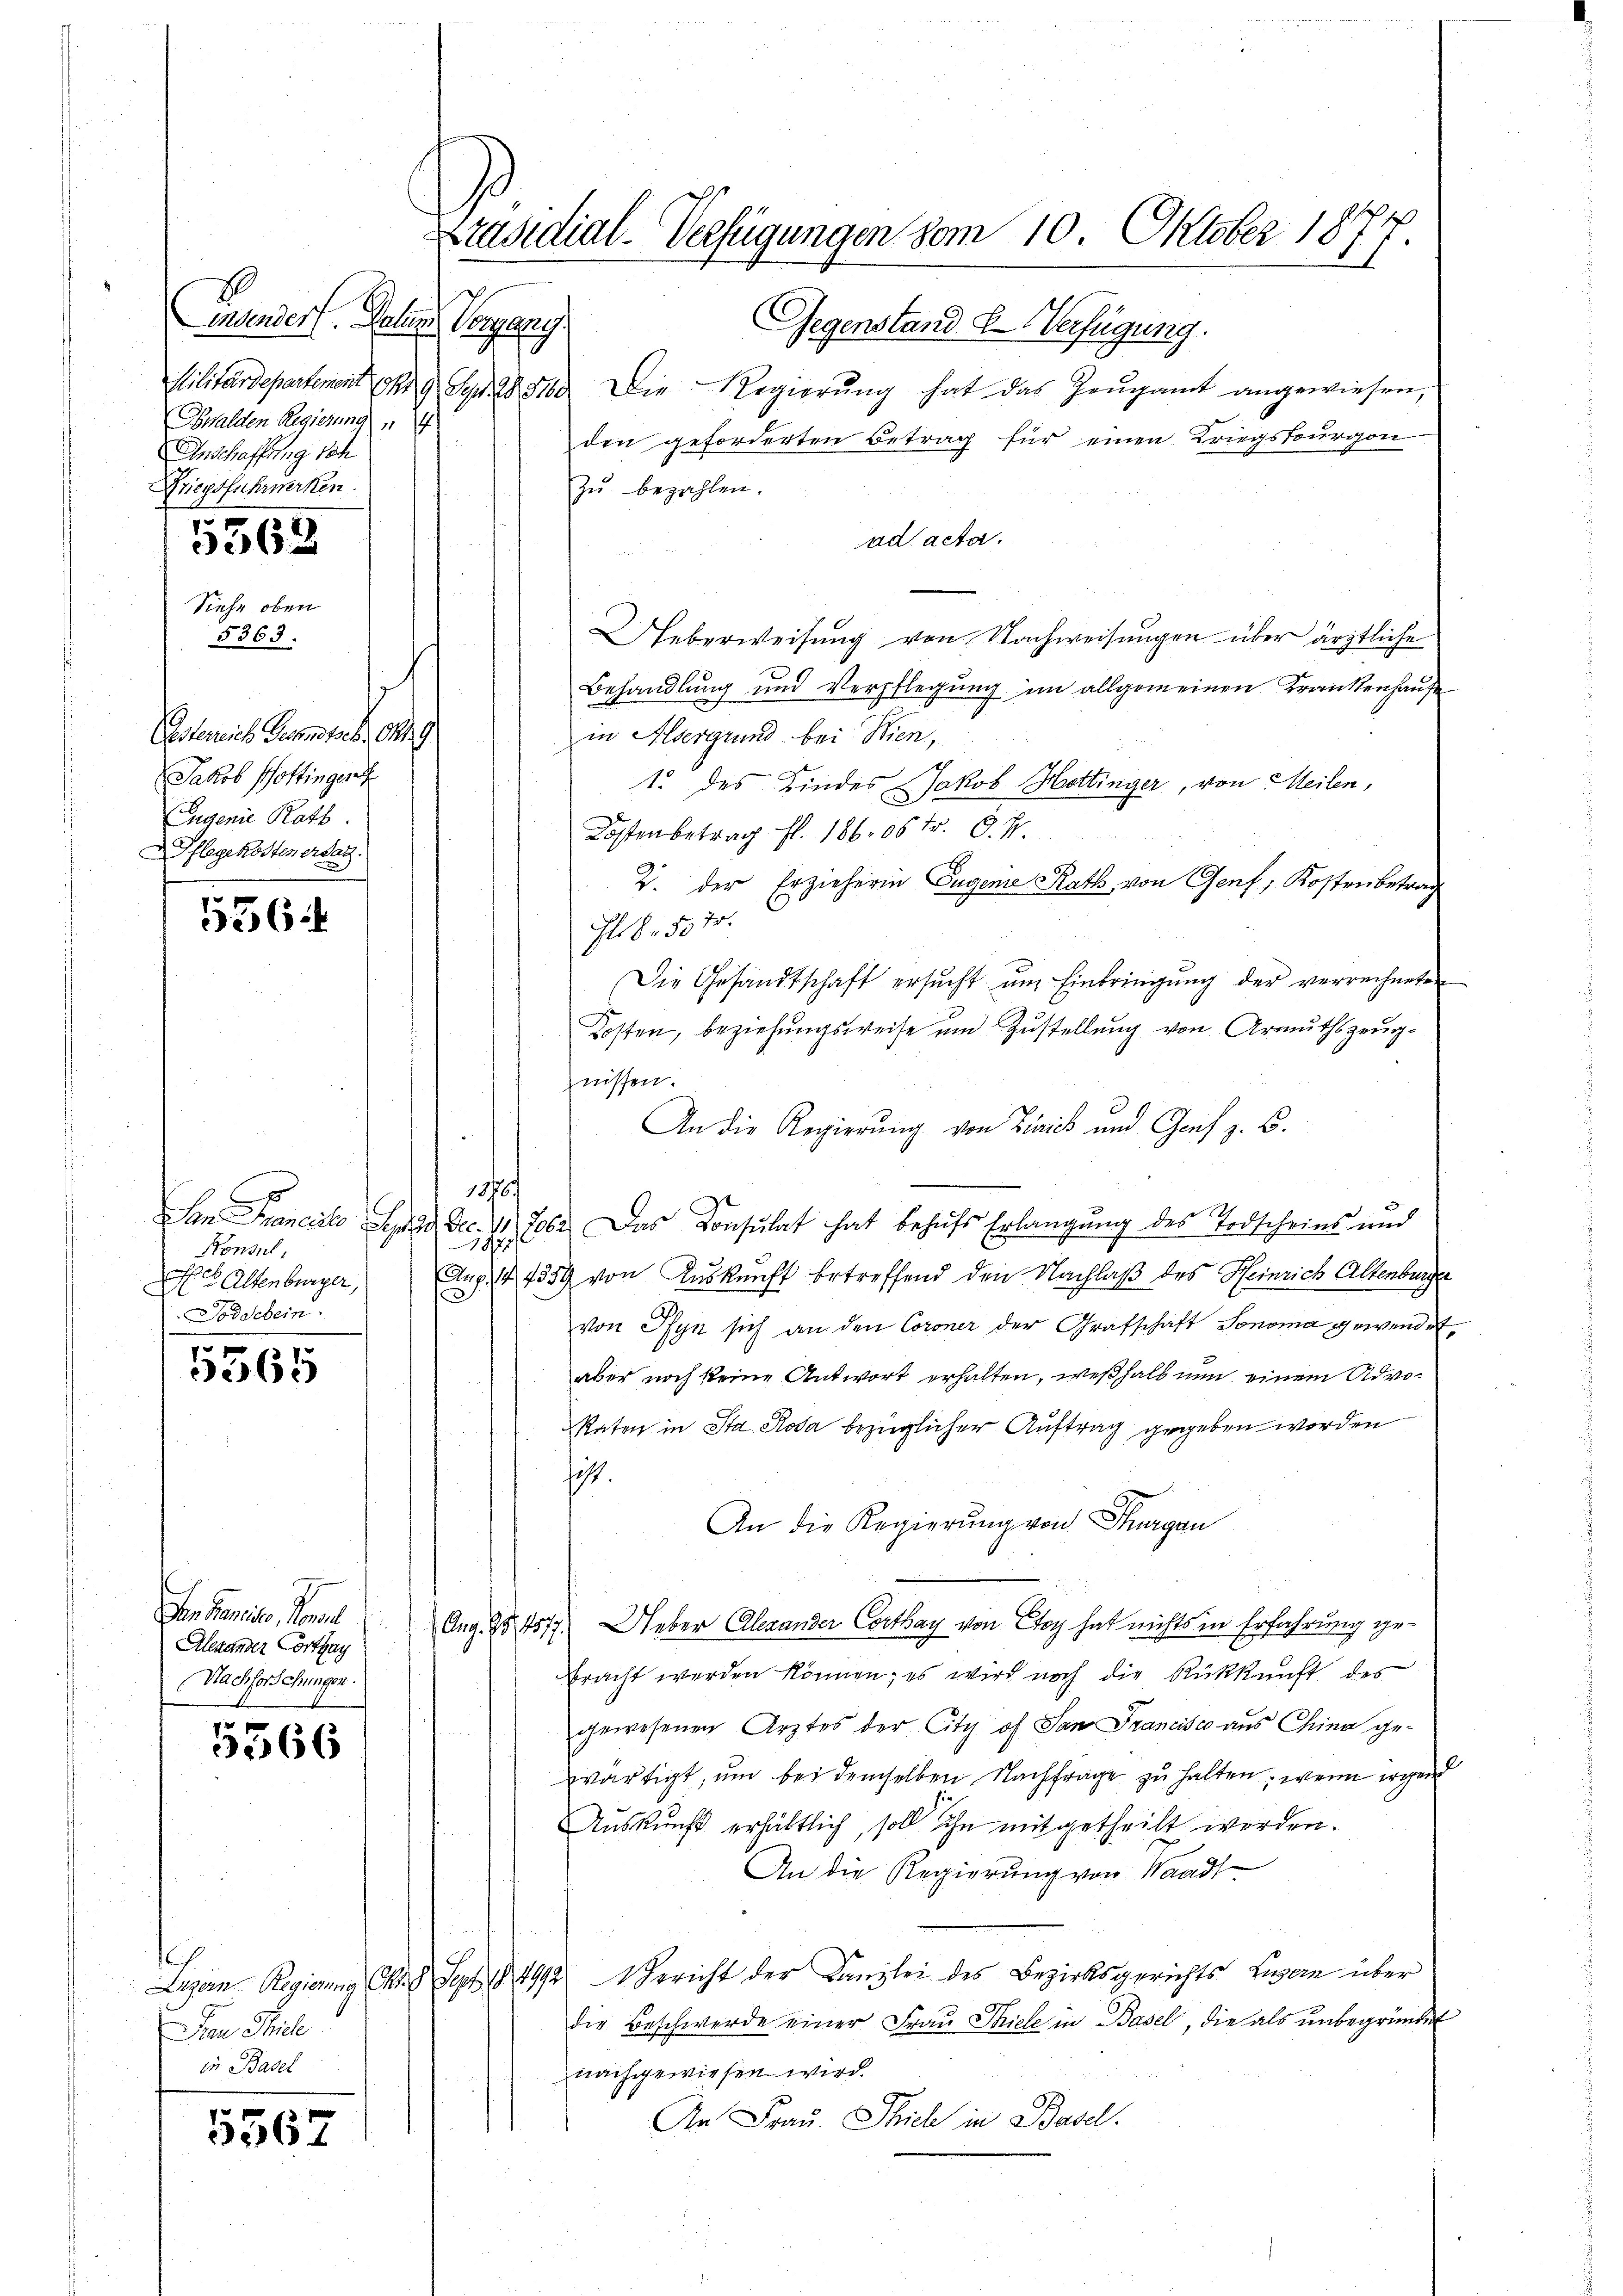
insender. Palu
Kegelung
Ewalden Regierung
Anschaffung sch
Driegsfuhrwerken.

5563

5363.
Casterreich Genanstab. 09
Jakob Hottingen
Eugenie Rath
Pflegekosten erdan

Siehe oben

556.

x
Konsul,
Hch. Altenburger,
Doddelein.

5365

Den Teile. Sonst
Alexander Corthay
Nachforschungen.

5566

e
Den Thiel
in Basel

5562

Gegenstand u. Verfügung.
Militärdepartement 9 S. 28560. Die Regierŭng hat das Zeŭgamt angewiesen,
den geforderten Betrag für einen Kriegstourgon
zŭ bezahlen.
ad acta.
Ueberweisung von Nachweisungen über ärztliche
Behandlung und Verpflegung im allgemeinen Krankenhaus
in Albergrund bei Wien,
1. des Kindes Jakob Hottinger, von Meilen,
Kosten betrag fl. 186. 06 Fr. d. M.
2. der Erzieherin Eugene Rath, von Genf, Kosten betrag
78. 507.
Die Gesandtschaft ersŭcht ŭm Einbringŭng der verrechneten
Kosten, beziehungsweise und Zustellung von Armuthszeugznissen.
An die Regierung von Zürich und Genf z. B.
1576
Dan Francirte Septer Dec. 11. Febr. Das Konsulat hat behufs Erlangung des Todscheins und
h
Aux 144359 von Auskunft betreffend den Nachlaß des Heinrich Altenburger
f
von Pfyn sich an den Coroner der Grafschaft Sonoma gewendet,
aber noch keine Antwort erhalten, weßhalb nun einem Advo¬
Raten in Sta Rosa bezüglicher Auftrag gegeben worden
.
An die Regierŭng von Thurgau
Aug. 125, 1517. Ueber Alexander Corthay von Eoy hat nichts in Erfahrung gebracht werden können; es wird noch die Rückkunft des
gewesenen Ärztes der City of San Francisco aus China ge-
wärtigt, um bei demselben Nachfrage zu halten, wenn irgend
Auskunft erhältlich, soll ihn mitgetheilt werden.
An die Regierung von Waadt
Luzern Regierung Okt. 8 Sept. 184992 Gericht der Kanzlei des Bezirksgerichts Luzern über
die Beschwerde einer Frau Thiele in Basel, die als unbegründet
nachgewiesen wird.
An Frau. Stich in Basel.

Präsidial-Verfügungen vom 10. Oktober 1877.